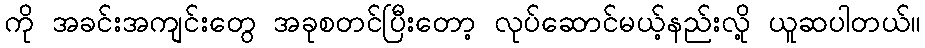
ကို အခင်းအကျင်းတွေ အခုစတင်ပြီးတော့ လုပ်ဆောင်မယ့်နည်းလို့ ယူဆပါတယ်။